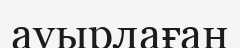
ауырлаған